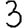
Digit: 3